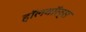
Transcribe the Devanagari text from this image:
हॉलवॉल्स